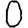
Digit: 0